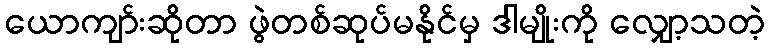
ယောကျာ်းဆိုတာ ဖွဲတစ်ဆုပ်မနိုင်မှ ဒါမျိုးကို လျှော့သတဲ့